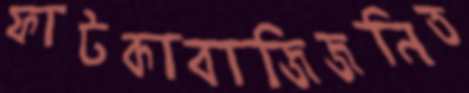
ফাটকাবাজিজনিত